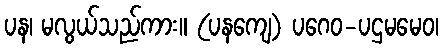
ပန၊ မလွယ်သည်ကား။ (ပနကျေ) ပဂေဝ-ပဌမမေဝ၊